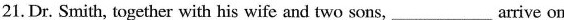
21.Dr. Smith, together with his wife and two sons,___arrive on